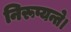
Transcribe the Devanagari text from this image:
निरूप्यन्ते।